Source: Handwritten
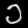
Digit: ၁ (1)